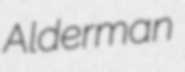
Alderman